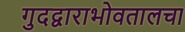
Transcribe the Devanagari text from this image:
गुदद्वाराभोवतालचा